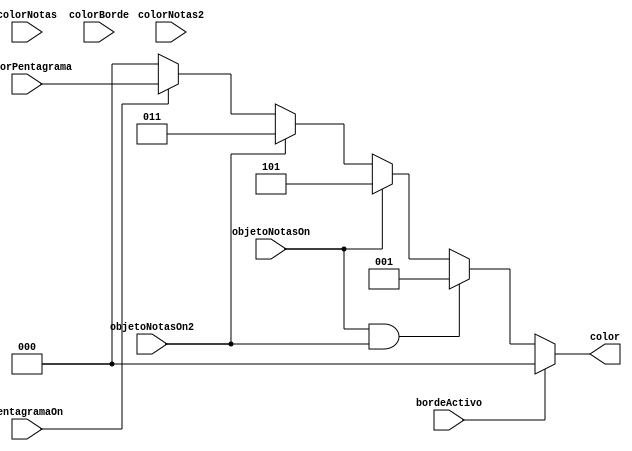
`timescale 1ns / 1ps
//////////////////////////////////////////////////////////////////////////////////
// Company: 
// Engineer: 
// 
// Design Name: 
// Module Name:    MuxObjetos 
// Project Name: 
// Target Devices: 
// Tool versions: 
// Description: 
//
// Dependencies: 
//
// Revision: 
// Revision 0.01 - File Created
// Additional Comments: 
//
//////////////////////////////////////////////////////////////////////////////////
module MuxObjetos(
	input wire pentagramaOn,
	input wire [2:0] colorPentagrama,
	input wire objetoNotasOn,
	input wire objetoNotasOn2,
	input wire bordeActivo,
	input wire [2:0] colorNotas,
	input wire [2:0] colorNotas2,
	input wire [2:0] colorBorde,
	output reg [2:0] color
);

always @(*)
		begin
			 if(bordeActivo)
				color = 0;
			 else if(objetoNotasOn&&objetoNotasOn2)
				color = 3'b001;
			 else if(objetoNotasOn)
				color = 3'b101;
			 else if (objetoNotasOn2)
				color = 3'b011; 
			 else if (pentagramaOn)
				color = colorPentagrama;
			 else
				color = 0; 
		end
	

endmodule